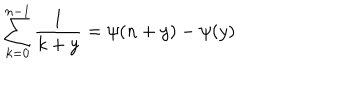
LaTeX: \sum _ { k = 0 } ^ { n - 1 } \frac { 1 } { k + y } = \psi ( n + y ) - \psi ( y )